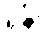
ရုန်း